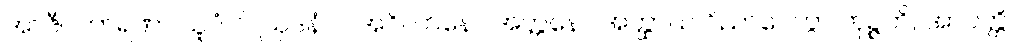
အာဇီဝကာရဏာ သူပံ ဝါ ဩဒနံ ဝါ အဂိလာနော အတ္တနော အတ္ထာယ ဝိညာပေတွာ ဘုဉ္ဇတိ, အာပတ္တိ